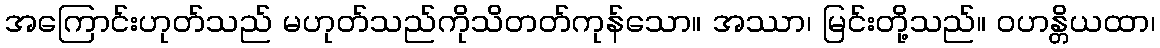
အကြောင်းဟုတ်သည် မဟုတ်သည်ကိုသိတတ်ကုန်သော။ အဿာ၊ မြင်းတို့သည်။ ဝဟန္တိယထာ၊